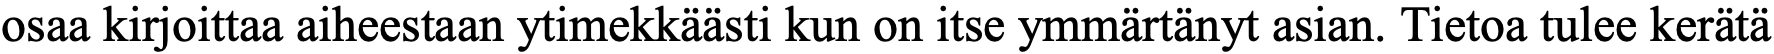
osaa kirjoittaa aiheestaan ytimekkäästi kun on itse ymmärtänyt asian. Tietoa tulee kerätä